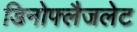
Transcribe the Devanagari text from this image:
डिनोफ्लैजलेट